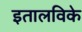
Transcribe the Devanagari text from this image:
इतालविके